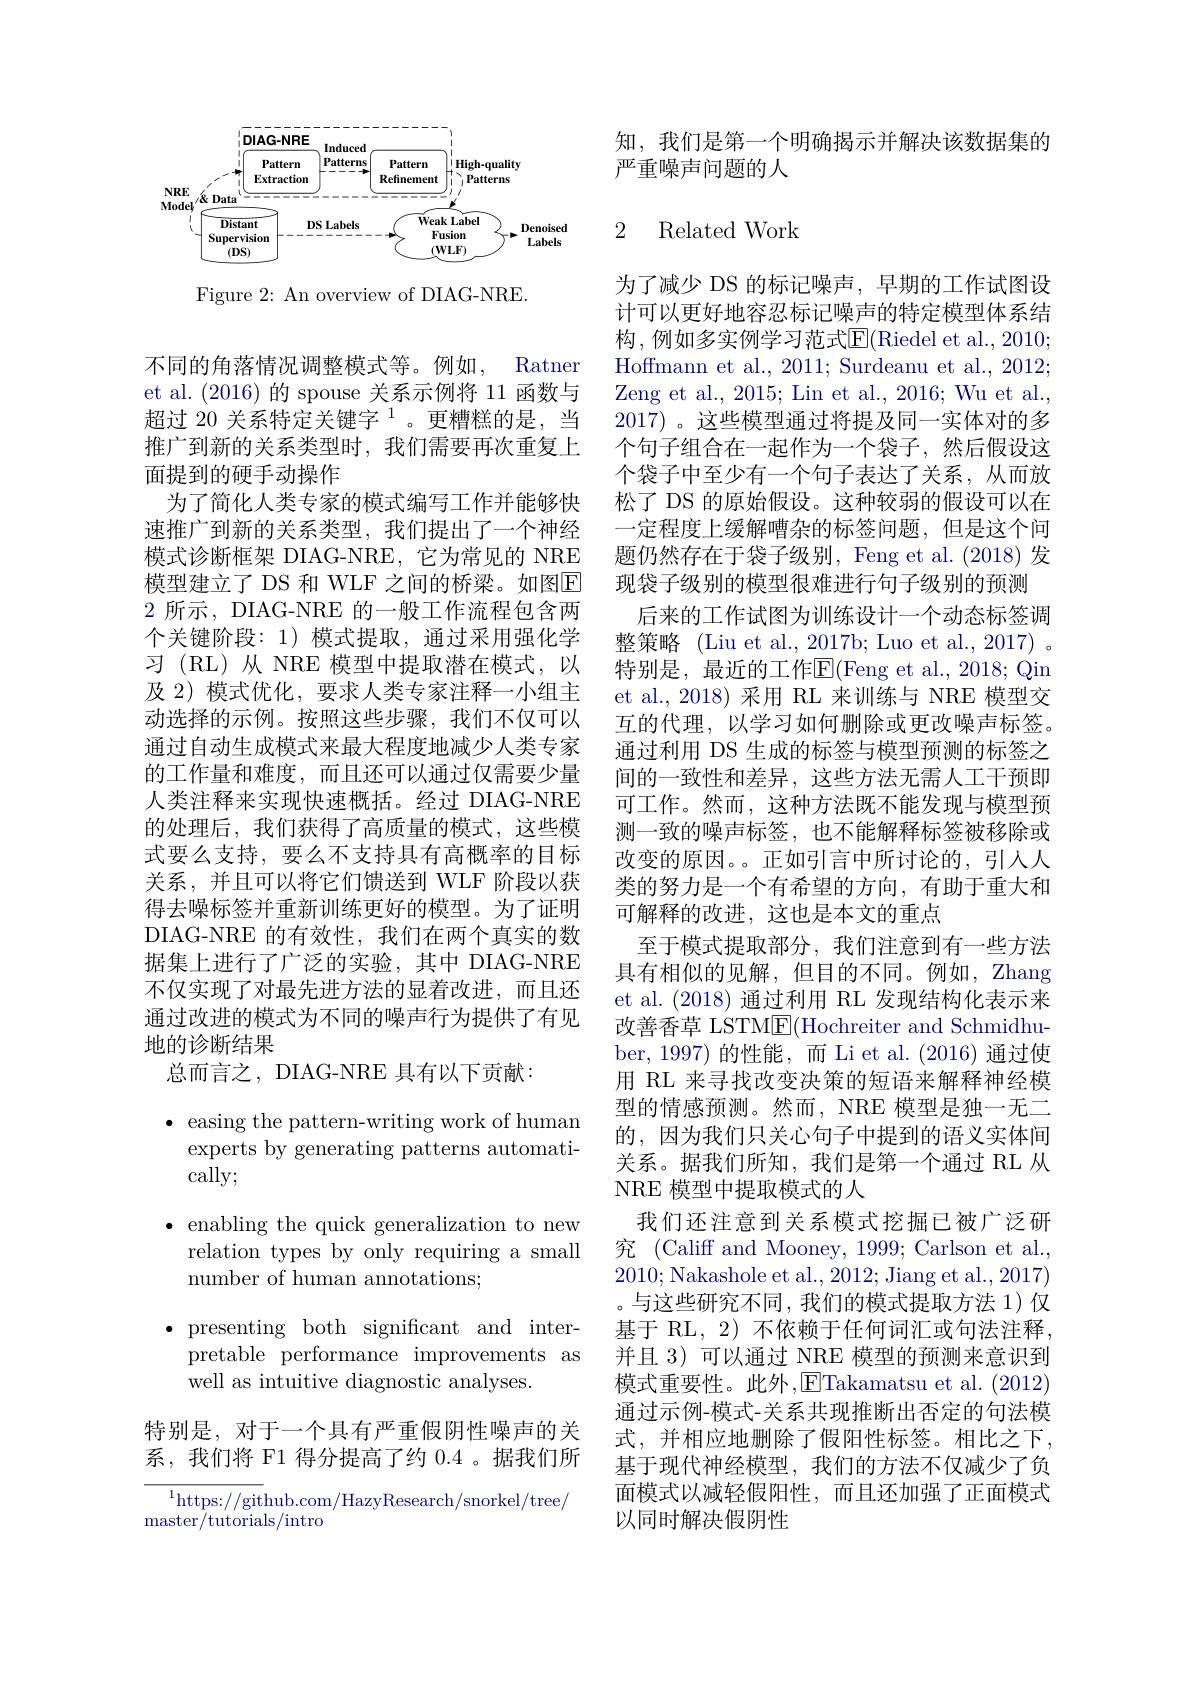
<FigureHere>

Figure 2: An overview of DIAG-NRE.

不同的角落情况调整模式等。例如，Ratner et al.(2016)的 spouse 关系示例将 11 函数与超过 20 关系特定关键字$^{1}$。更糟糕的是，当推广到新的关系类型时，我们需要再次重复上面提到的硬手动操作
为了简化人类专家的模式编写工作并能够快速推广到新的关系类型，我们提出了一个神经模式诊断框架 DIAG-NRE,它为常见的 NRE 模型建立了 DS 和 WLF 之间的桥梁。如图E 2 所示，DIAG-NRE 的一般工作流程包含两个关键阶段：1) 模式提取，通过采用强化学习 (RL)从 NRE 模型中提取潜在模式，以及 2) 模式优化，要求人类专家注释一小组主动选择的示例。按照这些步骤，我们不仅可以通过自动生成模式来最大程度地减少人类专家的工作量和难度，而且还可以通过仅需要少量人类注释来实现快速概括。经过 DIAG-NRE 的处理后，我们获得了高质量的模式，这些模式要么支持，要么不支持具有高概率的目标关系，并且可以将它们馈送到 WLF 阶段以获得去噪标签并重新训练更好的模型。为了证明DIAG-NRE 的有效性，我们在两个真实的数据集上进行了广泛的实验，其中 DIAG-NRE 不仅实现了对最先进方法的显着改进，而且还通过改进的模式为不同的噪声行为提供了有见地的诊断结果
总而言之，DIAG-NRE 具有以下贡献：

知，我们是第一个明确揭示并解决该数据集的
严重噪声问题的人

### 2 Related Work

为了减少 DS 的标记噪声，早期的工作试图设计可以更好地容忍标记噪声的特定模型体系结构，例如多实例学习范式$\overline{\mathrm{E}}($Riedel et al., 2010; Hoffmann et al., 2011; Surdeanu et al., 2012; Zeng et al., 2015; Lin et al., 2016; Wu et al., 2017)。这些模型通过将提及同一实体对的多个句子组合在一起作为一个袋子，然后假设这个袋子中至少有一个句子表达了关系，从而放松了 DS 的原始假设。这种较弱的假设可以在一定程度上缓解嘈杂的标签问题，但是这个问题仍然存在于袋子级别，Feng et al.(2018) 发现袋子级别的模型很难进行句子级别的预测
后来的工作试图为训练设计一个动态标签调整策略 (Liu et al., 2017b; Luo et al., 2017) 。特别是，最近的工作E(Feng et al.,2018; Qin et al.,2018)采用 RL 来训练与 NRE 模型交互的代理，以学习如何删除或更改噪声标签。通过利用 DS 生成的标签与模型预测的标签之间的一致性和差异，这些方法无需人工干预即可工作。然而，这种方法既不能发现与模型预测一致的噪声标签，也不能解释标签被移除或改变的原因。。正如引言中所讨论的，引人人类的努力是一个有希望的方向，有助于重大和可解释的改进，这也是本文的重点
至于模式提取部分，我们注意到有一些方法具有相似的见解，但目的不同。例如，Zhang et al.(2018)通过利用 RL 发现结构化表示来改善香草 LSTM$\underline{\mathrm{E}}($Hochreiter and Schmidhuber, 1997) 的性能，而 Li et al. (2016)通过使用 RL 来寻找改变决策的短语来解释神经模型的情感预测。然而，NRE 模型是独一无二的，因为我们只关心句子中提到的语义实体间关系。据我们所知，我们是第一个通过 RL 从NRE 模型中提取模式的人
我们还注意到关系模式挖掘已被广泛研究 (Califf and Mooney, 1999; Carlson et al., 2010; Nakashole et al., 2012; Jiang et al., 2017) 。与这些研究不同，我们的模式提取方法 1)仅基于 RL, 2) 不依赖于任何词汇或句法注释并且 3) 可以通过 NRE 模型的预测来意识到模式重要性。此外，ETakamatsu et al.(2012) 通过示例-模式-关系共现推断出否定的句法模式，并相应地删除了假阳性标签。相比之下， 基于现代神经模型，我们的方法不仅减少了负面模式以减轻假阳性，而且还加强了正面模式以同时解决假阴性

$\bullet$ easing the pattern-writing work of human

experts by generating patterns automati-

cally;

$\bullet$ enabling the quick generalization to new

relation types by only requiring a small

number of human annotations;

$\bullet$presenting both significant and inter-

pretable performance improvements as

well as intuitive diagnostic analyses.

特别是，对于一个具有严重假阴性噪声的关

系，我们将 F1 得分提高了约 0.4 。据我们所

$^{1}$https://github.com/HazyResearch/snorkel/tree/

master/tutorials/intro